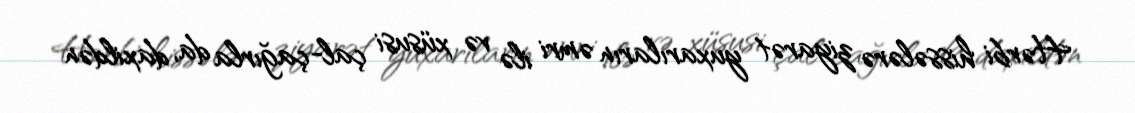
Hərbi hissələrə ziyarət yuxarıların əmri ilə və xüsusi çal-çağırla da, daxildən